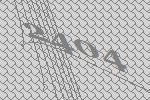
2404